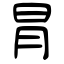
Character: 冐